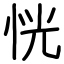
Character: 恍